Treatise on elephants
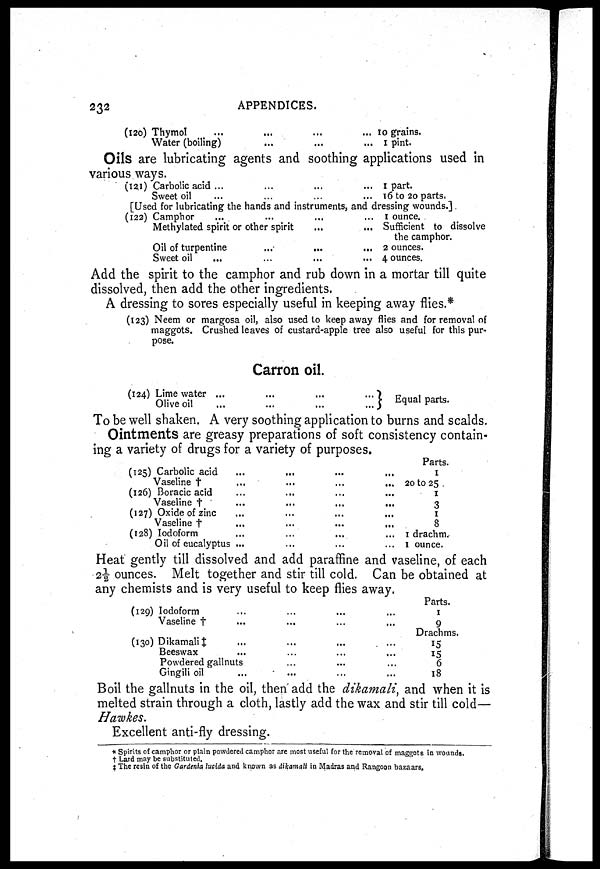
232
APPENDICES.
(120) Thymol
...
... ... ...
Water (boiling)...
... ...
10
grains.
1 pint.
Oils are lubricating agents and soothing applications used in
various ways.
(121) Carbolic acid ... ... ... ...
Sweet oil ... ... ... ...
1 part.
16
to 20 parts.
[Used for lubricating the hands and instruments, and dressing wounds.]
(122) Camphor ... ... ... ...
Methylated spirit or other spirit ...
Oil of turpentine ... ... ...
Sweet oil ... ... ... ...
1 ounce.
Sufficient to dissolve
the camphor.
2 ounces.
4 ounces.
Add the spirit to the camphor and rub down in a mortar till quite
dissolved, then add the other ingredients.
A dressing to sores especially useful in keeping away flies.*
(123) Neem or margosa oil, also used to keep away flies and for removal of
maggots. Crushed leaves of custard-apple tree also useful for this pur-
pose.
Carron oil.
(124) Lime water ... ... ... ...
Olive oil
...
...
...
...
Equal parts.
To be well shaken. A very soothing application to burns and scalds.
Ointments are greasy preparations of soft consistency contain-
ing a variety of drugs for a variety of purposes.
(125)
(126)
(127)
(128)
Carbolic acid
...
...
...
...
Vaseline
†
...
...
...
...
Boracic acid
...
...
...
...
Vaseline
†
...
...
...
...
Oxide of zinc
...
...
...
...
Vaseline
†
...
...
...
...
Iodoform
...
...
...
...
Oil of eucalyptus
...
...
...
...
Parts.
1
20 to 25
1
3
1
8
1 drachm.
1 ounce.
Heat gently till dissolved and add paraffine and vaseline, of each
2½ ounces. Melt together and stir till cold. Can be obtained at
any chemists and is very useful to keep flies away.
(129)
(130)
Iodoform
...
...
...
...
Vaseline
†
...
...
...
...
Dikamali
‡
...
...
...
...
Beeswax
...
...
...
...
Powdered gallnuts
...
...
...
Gingili oil
...
...
...
..
Parts.
1
9
Drachms.
15
15
6
18
Boil the gallnuts in the oil, then add the dikamali, and when it is
melted strain through a cloth, lastly add the wax and stir till cold—
Hawkes.
Excellent anti-fly dressing.
* Spirits of camphor or plain powdered camphor are most useful for the removal of maggots in wounds.
† Lard may be substituted.
‡ The resin of the Gardenia lucida and known as dlkamall in Madras and Rangoon bazaars.